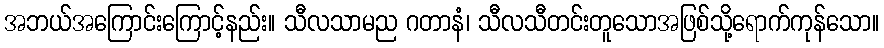
အဘယ်အကြောင်းကြောင့်နည်း။ သီလသာမည ဂတာနံ၊ သီလသီတင်းတူသောအဖြစ်သို့ရောက်ကုန်သော။